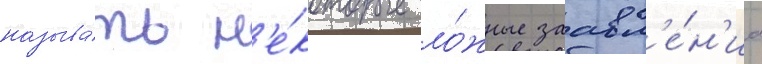
называ́ть н'е́которые ло́жные заавл'е́н'иа